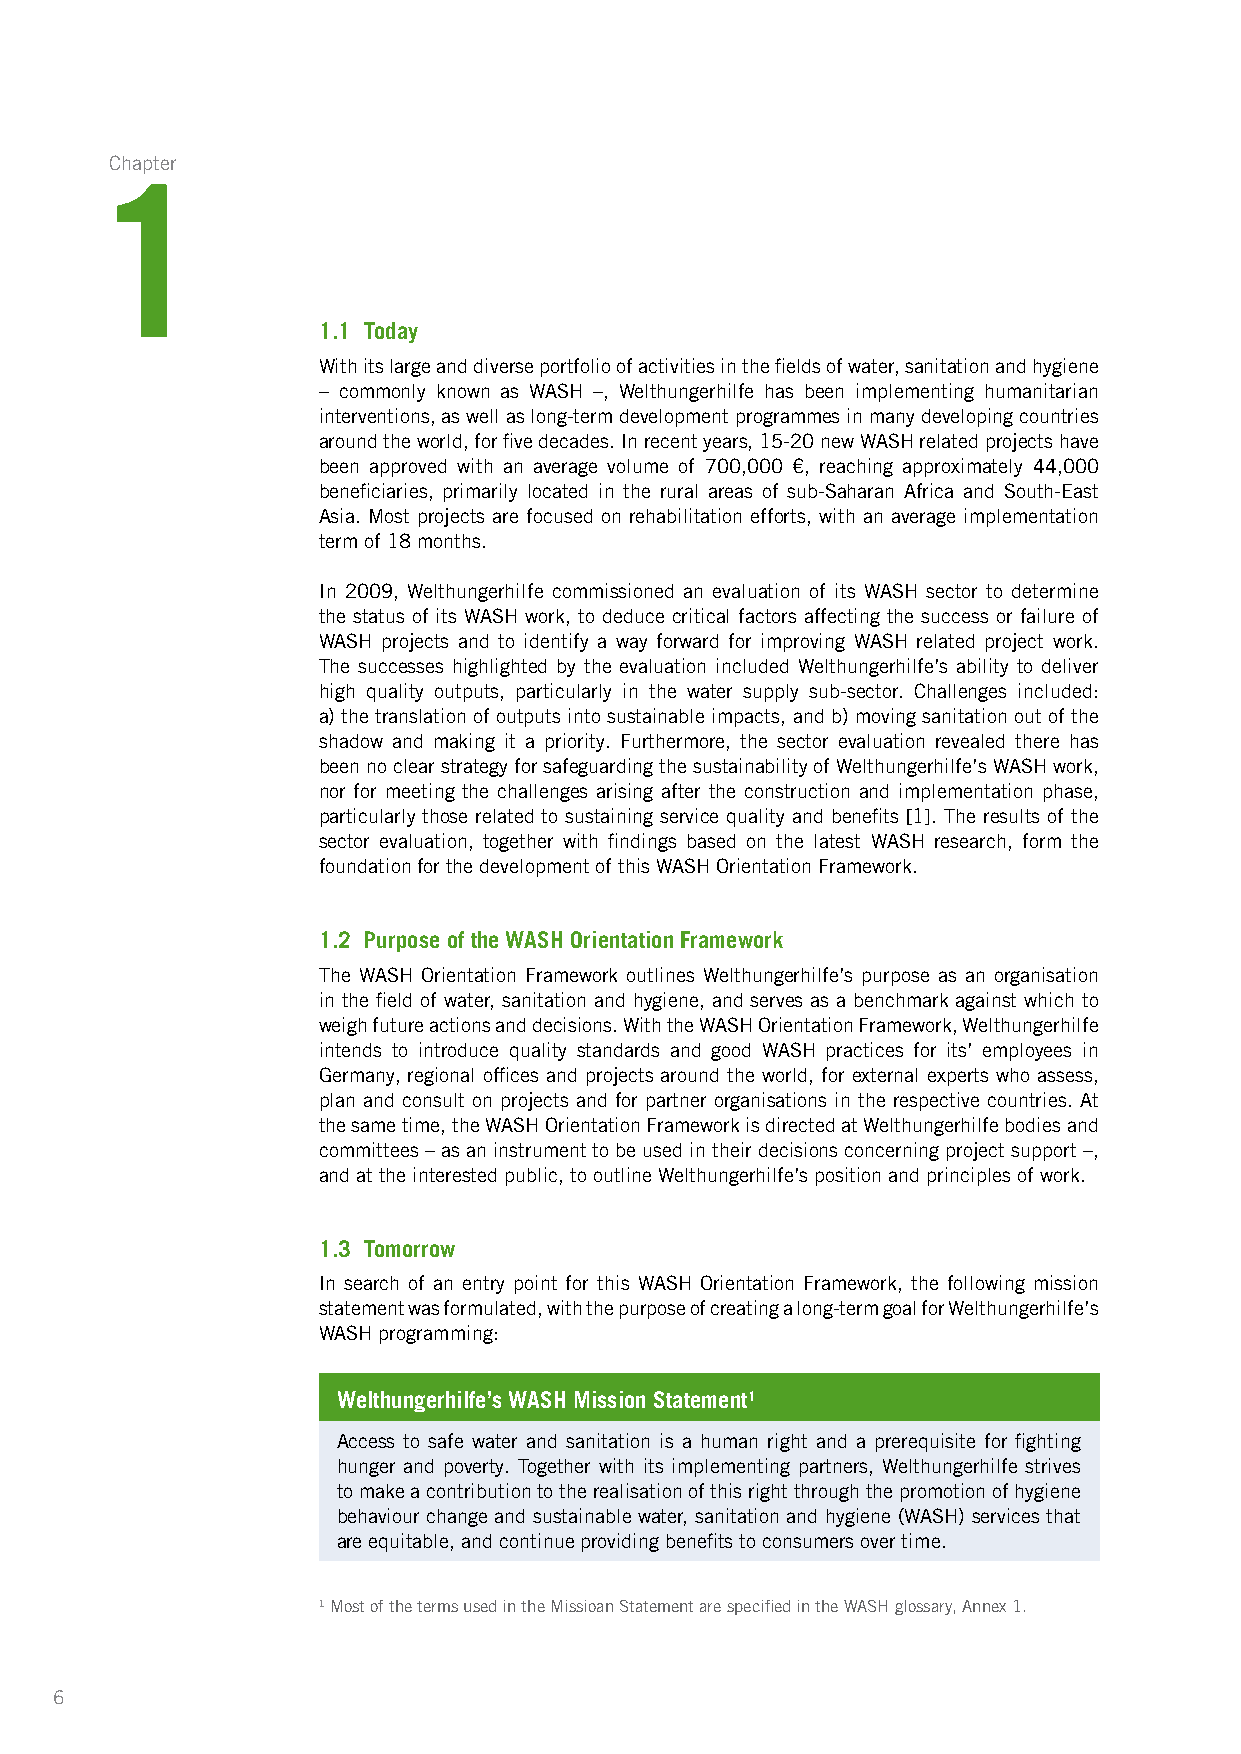
Chapter
 1
 1.1 Today
 With its large and diverse portfolio of activities in the fields of water, sanitation and hygiene
 – commonly known as WASH –, Welthungerhilfe has been implementing humanitarian
 interventions, as well as long-term development programmes in many developing countries
 around the world, for five decades. In recent years, 15-20 new WASH related projects have
 been approved with an average volume of 700,000 €, reaching approximately 44,000
 beneficiaries, primarily located in the rural areas of sub-Saharan Africa and South-East
 Asia. Most projects are focused on rehabilitation efforts, with an average implementation
 term of 18 months.
 In 2009, Welthungerhilfe commissioned an evaluation of its WASH sector to determine
 the status of its WASH work, to deduce critical factors affecting the success or failure of
 WASH projects and to identify a way forward for improving WASH related project work.
 The successes highlighted by the evaluation included Welthungerhilfe’s ability to deliver
 high quality outputs, particularly in the water supply sub-sector. Challenges included:
 a) the translation of outputs into sustainable impacts, and b) moving sanitation out of the
 shadow and making it a priority. Furthermore, the sector evaluation revealed there has
 been no clear strategy for safeguarding the sustainability of Welthungerhilfe’s WASH work,
 nor for meeting the challenges arising after the construction and implementation phase,
 particularly those related to sustaining service quality and benefits [1]. The results of the
 sector evaluation, together with findings based on the latest WASH research, form the
 foundation for the development of this WASH Orientation Framework.
 1.2 Purpose of the WASH Orientation Framework
 The WASH Orientation Framework outlines Welthungerhilfe’s purpose as an organisation
 in the field of water, sanitation and hygiene, and serves as a benchmark against which to
 weigh future actions and decisions. With the WASH Orientation Framework, Welthungerhilfe
 intends to introduce quality standards and good WASH practices for its’ employees in
 Germany, regional offices and projects around the world, for external experts who assess,
 plan and consult on projects and for partner organisations in the respective countries. At
 the same time, the WASH Orientation Framework is directed at Welthungerhilfe bodies and
 committees – as an instrument to be used in their decisions concerning project support –,
 and at the interested public, to outline Welthungerhilfe’s position and principles of work.
 1.3 Tomorrow
 In search of an entry point for this WASH Orientation Framework, the following mission
 statement was formulated, with the purpose of creating a long-term goal for Welthungerhilfe’s
 WASH programming:
 Welthungerhilfe’s WASH Mission Statement1
 Access to safe water and sanitation is a human right and a prerequisite for fighting
 hunger and poverty. Together with its implementing partners, Welthungerhilfe strives
 to make a contribution to the realisation of this right through the promotion of hygiene
 behaviour change and sustainable water, sanitation and hygiene (WASH) services that
 are equitable, and continue providing benefits to consumers over time.
 1 Most of the terms used in the Missioan Statement are specified in the WASH glossary, Annex 1.
 6